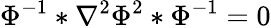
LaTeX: \Phi^{-1}*\nabla^{2}\Phi^{2}*\Phi^{-1}=0